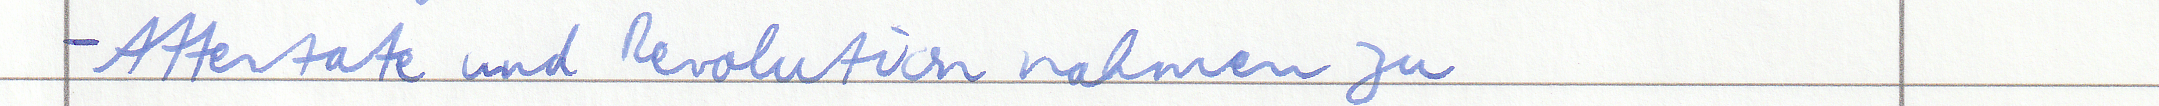
- Attentate und Revolution nahmen zu